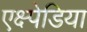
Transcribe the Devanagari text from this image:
एक्ष्पेडिया